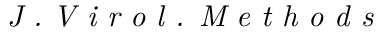
\textit { J . V i r o l . M e t h o d s }